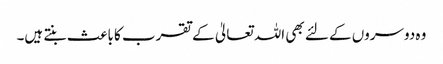
وہ دوسروں کے لئے بھی اللہ تعالیٰ کے تقرب کا باعث بنتے ہیں۔